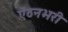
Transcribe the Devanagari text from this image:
ऐंठनभरी